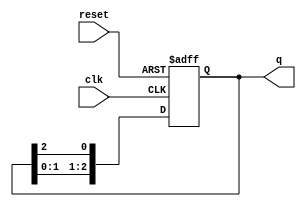
module ring_counter (
    input wire clk,        // Clock signal
    input wire reset,      // Asynchronous reset signal
    output reg [n-1:0] q   // Output of the ring counter
);
    parameter n = 3;       // Number of bits in the ring counter

    // Initial state
    initial begin
        q = 1'b1;          // Initialize the counter to 001 for a 3-bit counter
    end

    // Synchronous process
    always @(posedge clk or posedge reset) begin
        if (reset) begin
            q <= 1'b1;     // Reset to the initial state (only the first flip-flop is high)
        end else begin
            // Shift the bits to the left, wrapping around
            q <= {q[n-2:0], q[n-1]}; // Shift left and wrap the last bit to the first position
        end
    end
endmodule